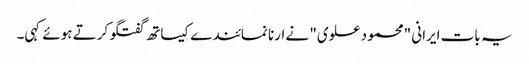
یہ بات ایرانی "محمود علوی" نے ارنا نمائندے کیساتھ گفتگو کرتے ہوئے کہی۔